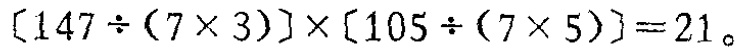
$[147\div(7\times 3)]\times[105\div(7\times 5)] = 21$